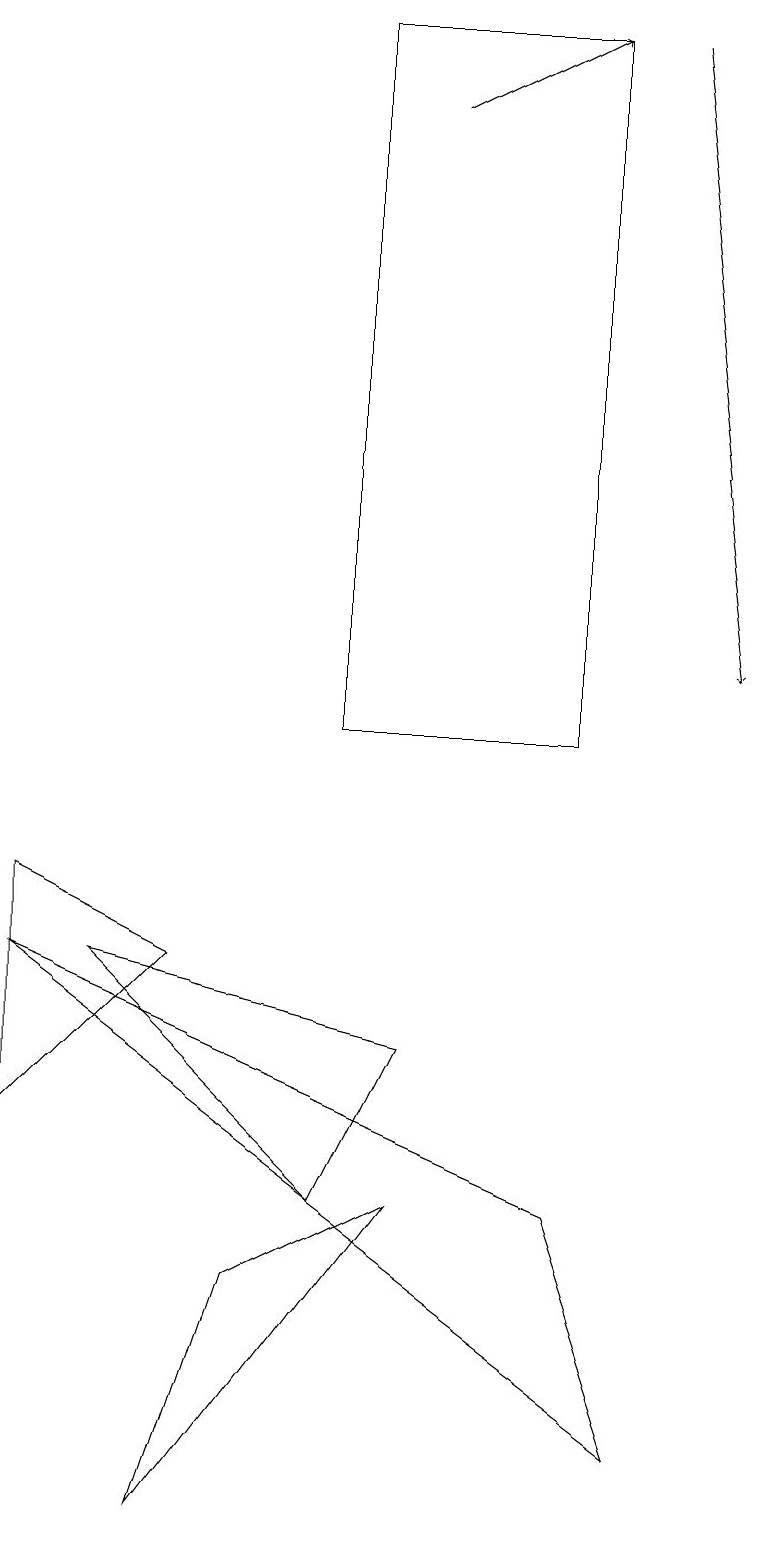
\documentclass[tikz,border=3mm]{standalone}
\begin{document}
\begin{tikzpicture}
\draw (8,1) -- (0,7) -- (7,4) -- cycle;
\draw (4,19) rectangle (7,10);
\draw (2,7) -- (0,8) -- (0,5) -- cycle;
\draw[->] (5,18) -- (7,19);
\draw[->] (8,19) -- (9,11);
\draw (5,4) -- (3,3) -- (2,0) -- cycle;
\draw (1,7) -- (4,4) -- (5,6) -- cycle;
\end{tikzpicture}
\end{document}